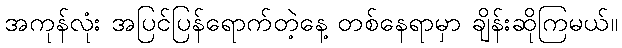
အကုန်လုံး အပြင်ပြန်ရောက်တဲ့နေ့ တစ်နေရာမှာ ချိန်းဆိုကြမယ်။